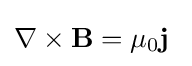
\nabla \times \mathbf {B} =\mu _{0}\mathbf {j} \